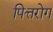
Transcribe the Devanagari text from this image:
पित्तरोग